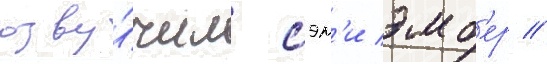
озву́чил сэм'и эмб'ер //